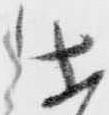
仕